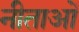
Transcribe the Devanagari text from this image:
नीताओं